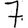
Digit: 7